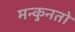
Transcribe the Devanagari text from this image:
मन्कुनतो